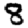
Digit: 8